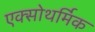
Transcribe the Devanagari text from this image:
एक्सोथर्मिक